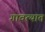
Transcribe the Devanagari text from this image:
गावत्यात